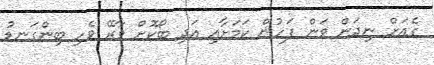
ގެއަށް ނިދަން ވަން ފަހުން ކަމަށާއި އަދި ބޯކޮށް ވާރޭ ވެހި ބިންގަނޑު